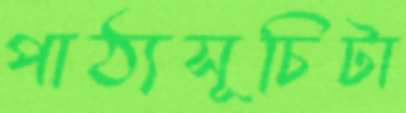
পাঠ্যসূচিটা